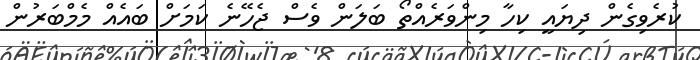
ކުރެވިގެން ދިޔައީ ކިހާ މިންވަރެއްތޯ ބަލަން ވެސް ޖެހޭނެ ކަމަށް ބައެއް މެމްބަރުން